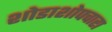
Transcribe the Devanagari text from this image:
शोडाशोपचारा